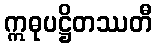
ဣဓုပဋ္ဌိတဿတီ